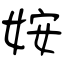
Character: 姲